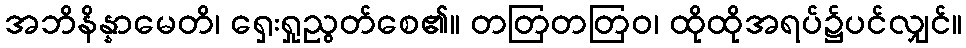
အဘိနိန္နာမေတိ၊ ရှေးရှုညွတ်စေ၏။ တတြတတြဝ၊ ထိုထိုအရပ်၌ပင်လျှင်။